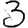
Digit: 3